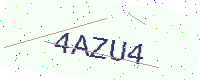
Text: 4AZU4